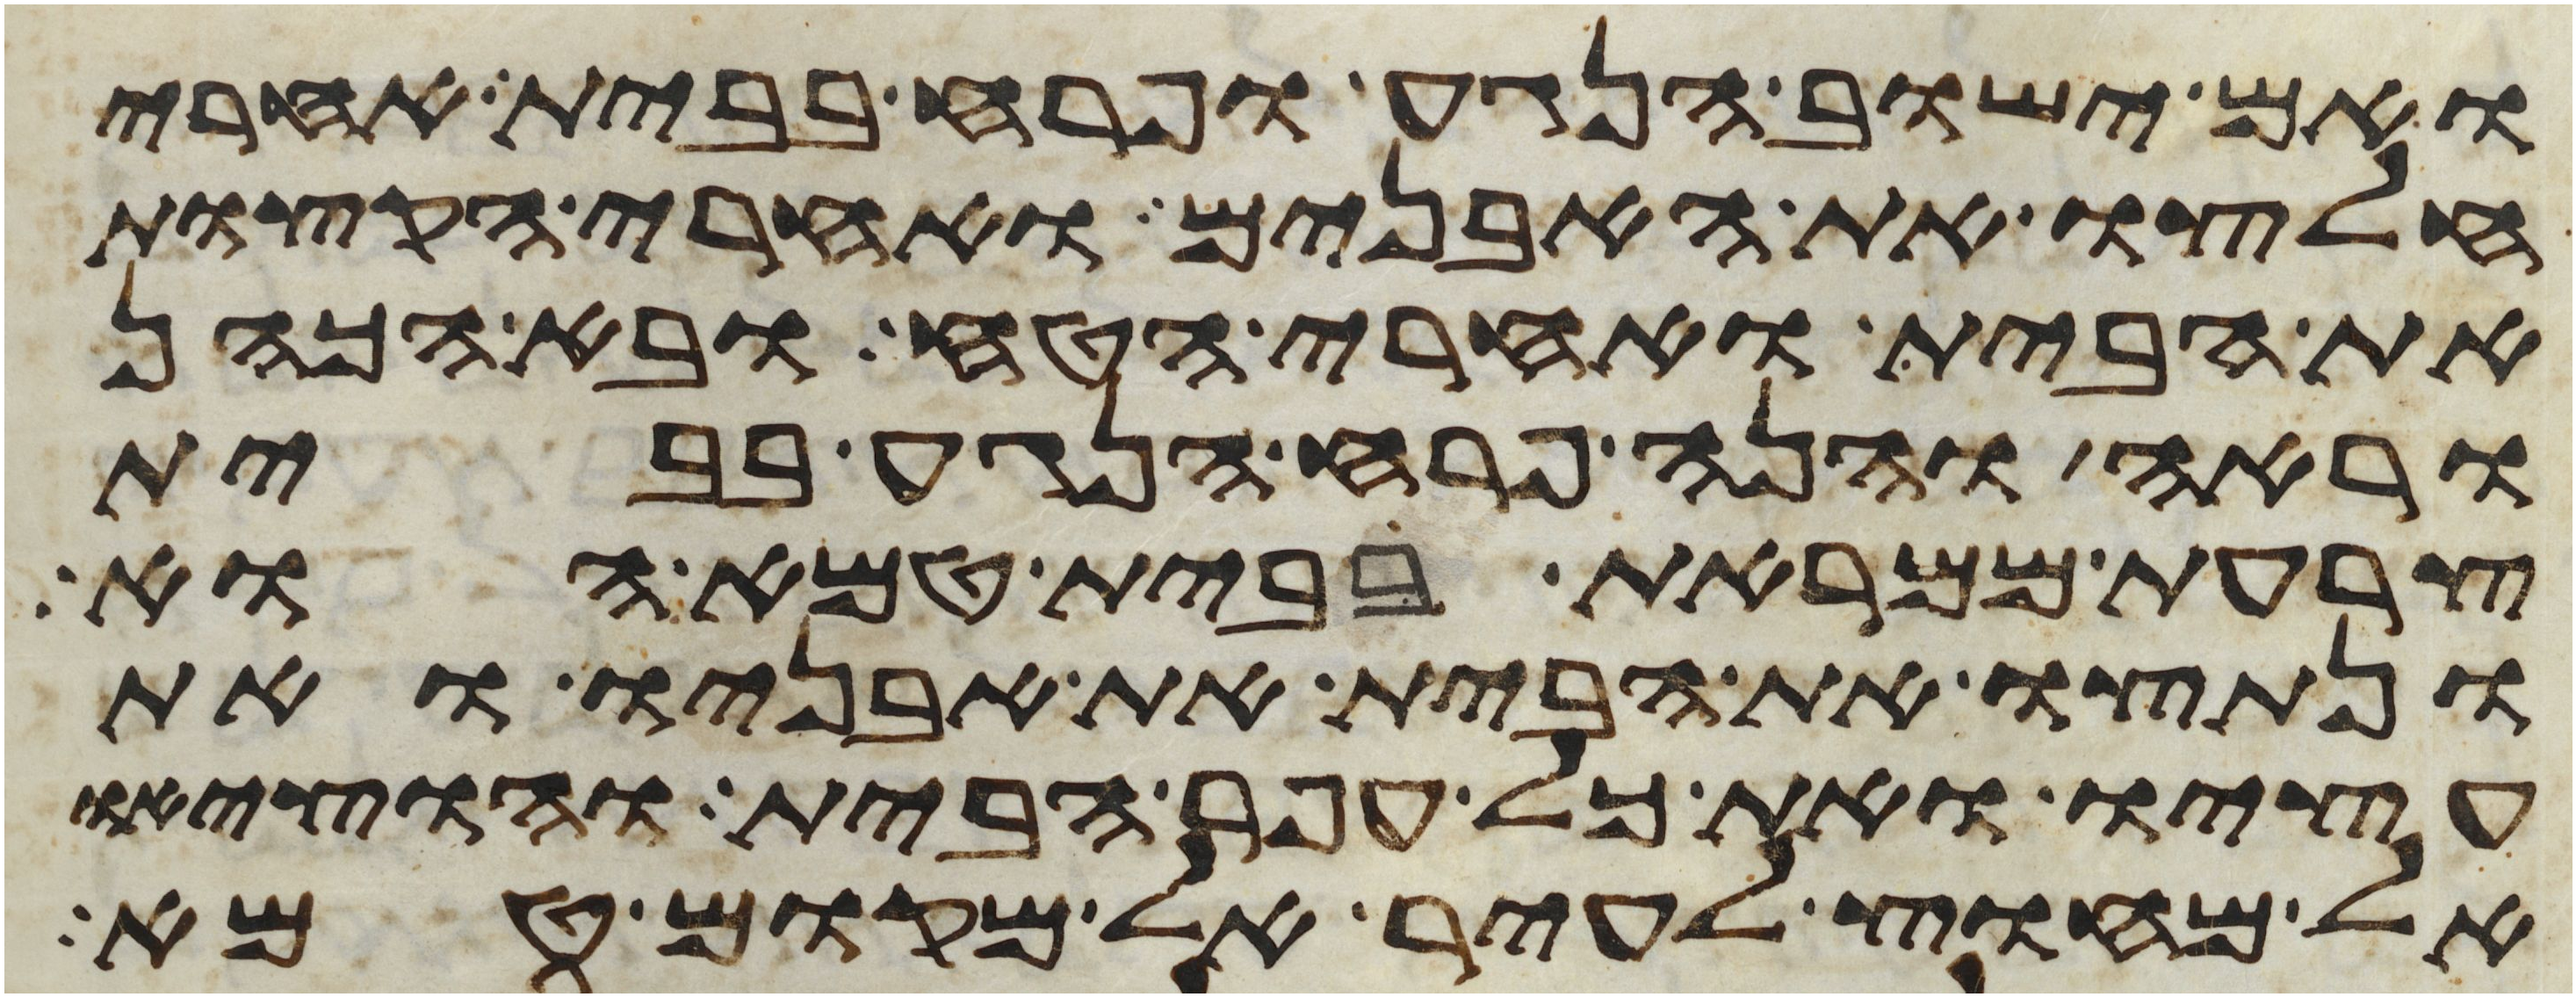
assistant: ואם ישוב הנגע ופרח בבית אחרי
חלצו את האבנים ואחרי הקצות
את הבית ואחרי הטח ובא הכהן
וראה והנה פרח הנגע בבית
צרעת ממראת בבית טמא הוא
ונתצו את הבית את אבניו ואת
עציו ואת כל עפר הבית והוציאו
אל מחוץ לעיר אל מקום טמא